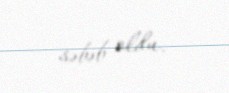
səbəb oldu.